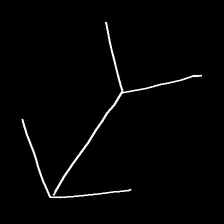
Glyph: gather